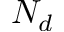
N _ { d }